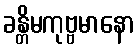
ခန္တိမကုဗ္ဗမာနော